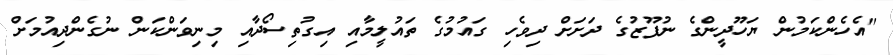
"އެހެންކަމުން ޔަހޫދީންގެ ނުފޫޒުގެ ދަށަށް ދިވެހި ގައުމުގެ ތައުލީމާއި އިގުތިސޯދާއި މިނިވަންކަން ނުގެންދިއުމަށް